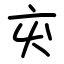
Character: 㐪